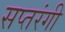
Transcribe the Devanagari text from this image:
सप्‍तरंगी